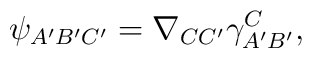
\psi_{A'B'C'}=\nabla_{CC'}\gamma^C_{A'B'},